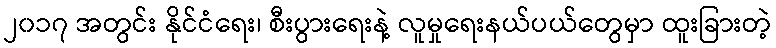
၂၀၁၇ အတွင်း နိုင်ငံရေး၊ စီးပွားရေးနဲ့ လူမှုရေးနယ်ပယ်တွေမှာ ထူးခြားတဲ့